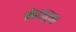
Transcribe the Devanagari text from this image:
मेजनुमा